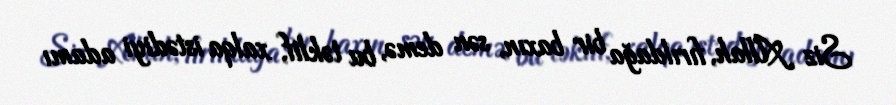
Siz Allah, fırıldağa bir baxın, sən demə, bu təklif, xalqa istədiyi adamı